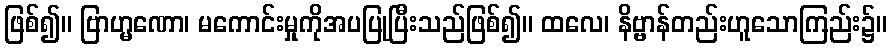
ဖြစ်၍။ ဗြာဟ္မဏော၊ မကောင်းမှုကိုအပပြုပြီးသည်ဖြစ်၍။ ထလေ၊ နိဗ္ဗာန်တည်းဟူသောကြည်း၌။